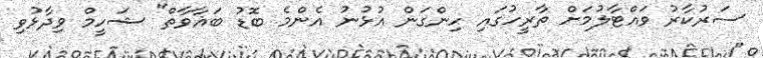
ސަރުކާރު ވައްޓާލުމަށް ތާރީހުގައި ހިންގަން އުޅުނު އެންމެ ބޮޑު ބަޣާވާތް" ޝަހީމް ވިދާޅުވި